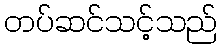
တပ်ဆင်သင့်သည်